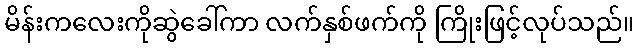
မိန်းကလေးကိုဆွဲခေါ်ကာ လက်နှစ်ဖက်ကို ကြိုးဖြင့်လုပ်သည်။